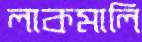
লাকমালি